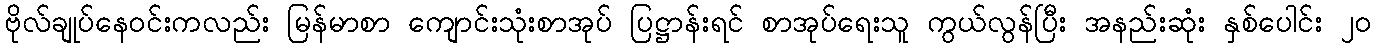
ဗိုလ်ချုပ်နေဝင်းကလည်း မြန်မာစာ ကျောင်းသုံးစာအုပ် ပြဋ္ဌာန်းရင် စာအုပ်ရေးသူ ကွယ်လွန်ပြီး အနည်းဆုံး နှစ်ပေါင်း ၂ဝ